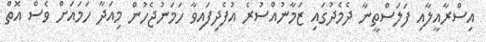
އިސްރާއީލާއި ފަލަސްތީނާ ދެމެދުގައި ޒަމާނުއްސުރެ އުފެދިފައިވާ ހަމަނުޖެހުން މިއަދާ ހަމައަށް ވެސް އޮތް